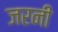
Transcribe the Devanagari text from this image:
जरनी